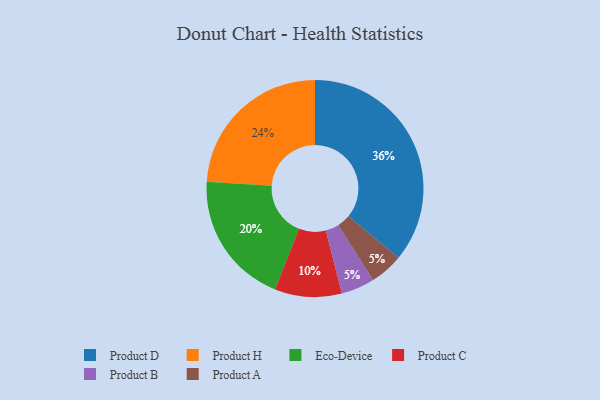
{"axis": {"x": "Category", "y": "Percentage"}, "legend": ["Eco-Device", "Product A", "Product B", "Product C", "Product D", "Product H"], "data": [{"x": "Eco-Device", "y": 20, "type": "Eco-Device"}, {"x": "Product H", "y": 24, "type": "Product H"}, {"x": "Product B", "y": 5, "type": "Product B"}, {"x": "Product D", "y": 36, "type": "Product D"}, {"x": "Product C", "y": 10, "type": "Product C"}, {"x": "Product A", "y": 5, "type": "Product A"}]}